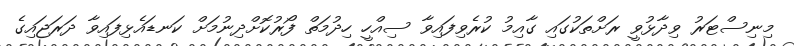
މިނިސްޓަރު ވިދާޅުވީ ރަށްތަކުގައި ގާއިމު ކުރެވިފައިވާ ސިއްހީ ހިދުމަތް ފޯރުކޮށްދިނުމަށް ކަނޑައެޅިފައިވާ ދަރަޖައިގެ